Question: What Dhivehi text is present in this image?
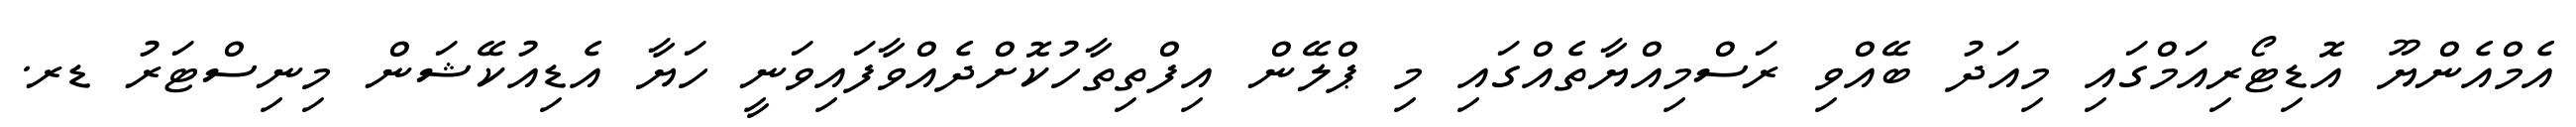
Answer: އެމްއެންޔޫ އޮޑިޓޯރިއަމްގައި މިއަދު ބޭއްވި ރަސްމިއްޔާތެއްގައި މި ޕްލޭން އިފްތިތާހުކޮށްދެއްވާފައިވަނީ ހަޔާ އެޑިއުކޭޝަން މިނިސްޓަރު ޑރ.